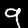
Digit: 9